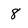
Character: 8